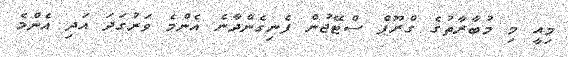
މިއީ މި މުބާރާތުގެ ގްރޫޕް ސްޓޭޖުން ފެނިގެންދާނެ އެންމެ ވަރުގަދަ އަދި އެންމެ